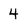
Character: 4